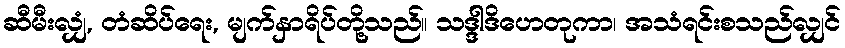
ဆီမီးလျှံ, တံဆိပ်ရေး, မျက်နှာရိပ်တို့သည်။ သဒ္ဒါဒိဟေတုကာ၊ အသံရင်းစသည်လျှင်